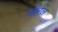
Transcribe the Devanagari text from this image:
ऑरेल